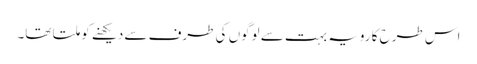
اس طرح کا رویہ بہت سے لوگوں کی طرف سے دیکھنے کو ملتا تھا۔